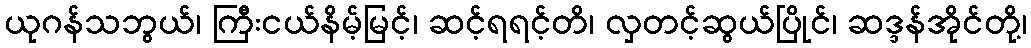
ယုဂန်သဘွယ်၊ ကြီးငယ်နိမ့်မြင့်၊ ဆင့်ရရင့်တိ၊ လှတင့်ဆွယ်ပြိုင်၊ ဆဒ္ဒန်အိုင်တို့၊